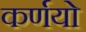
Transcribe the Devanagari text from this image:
कर्णयो